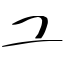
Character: ユ